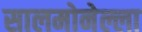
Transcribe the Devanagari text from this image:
सालमोनेल्ला